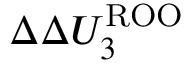
\Delta \Delta U _ { 3 } ^ { \mathrm { R O O } }